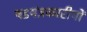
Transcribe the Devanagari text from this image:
षडयंत्रकारीयों